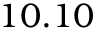
1 0 . 1 0